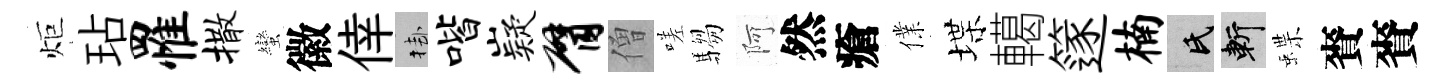
炬玷罹撒蠻徽倖挂喈嶷臂僧嗟騶阿然瘡㒒堞轕篴楠氏斬蝶賚賚